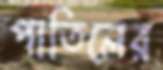
পাতিলের